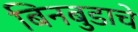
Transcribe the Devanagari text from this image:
बिनबुडाचे